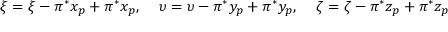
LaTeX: \xi = \xi - \pi ^ { * } x _ { p } + \pi ^ { * } x _ { p } , \: \: \: \: \: \upsilon = \upsilon - \pi ^ { * } y _ { p } + \pi ^ { * } y _ { p } , \: \: \: \: \: \zeta = \zeta - \pi ^ { * } z _ { p } + \pi ^ { * } z _ { p }